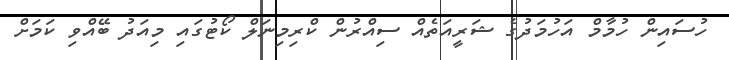
ހުސައިން ހުމާމް އަހުމަދުގެ ޝަރީއަތެއް ސިއްރުން ކްރިމިނަލް ކޯޓުގައި މިއަދު ބޭއްވި ކަމަށް